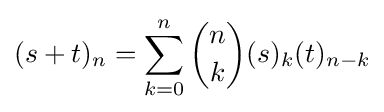
(s+t)_{n}=\sum _{k=0}^{n}{n \choose k}(s)_{k}(t)_{n-k}